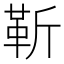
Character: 靳